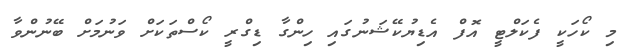
މި ކޯހަކީ ފެކަލްޓީ އޮފް އެޑިޔުކޭޝަނުގައި ހިންގާ ޑިގްރީ ކޯސްތަކަށް ވަނުމަށް ބޭނުންވާ